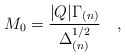
\begin{align*}M_0=\frac{|Q|\Gamma_{(n)}}{\Delta^{1/2}_{(n)}}\quad , \end{align*}